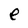
Character: e